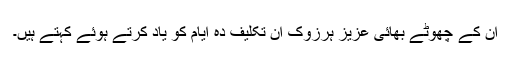
ان کے چھوٹے بھائی عزیز ہرزوک ان تکلیف دہ ایام کو یاد کرتے ہوئے کہتے ہیں۔